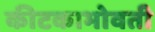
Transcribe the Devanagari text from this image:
कीटकाभोवती